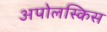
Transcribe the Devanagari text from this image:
अपोलस्किस